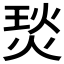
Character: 𤊇